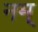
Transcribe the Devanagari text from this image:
नम्‌